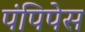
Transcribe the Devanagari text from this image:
पंपिपेस